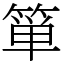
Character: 箪